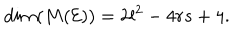
LaTeX: d i m ( M ( \mathcal { E } ) ) = 2 l ^ { 2 } - 4 r s + 4 .